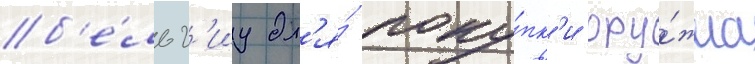
б'е́льг'иу дл'я́ поку́пк'и ору́жиа